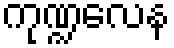
ကုဏ္ဍလေန